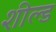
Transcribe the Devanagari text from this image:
शील्‍ड